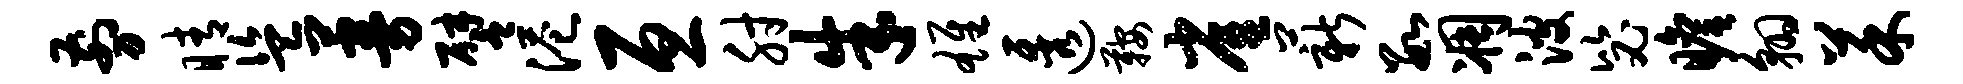
剪睛盗蔓譬港亘肘朱雄透鞍雀薪数凋波毖瞻翱菜